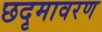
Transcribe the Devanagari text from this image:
छदृमावरण